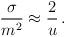
LaTeX: \begin{align*}\frac{\sigma}{m^2} \approx \frac{2}{u}\,.\end{align*}